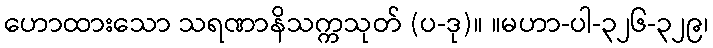
ဟောထားသော သရဏာနိသက္ကသုတ် (ပ-ဒု)။ ။မဟာ-ပါ-၃၂၆-၃၂၉၊